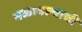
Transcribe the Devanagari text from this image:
बळावल्याची